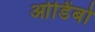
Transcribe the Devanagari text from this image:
ओडिंबो